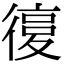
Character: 𢕒